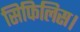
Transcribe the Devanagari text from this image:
सिफिलिस।